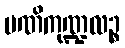
မဏိကုဏ္ဍလဉ္စ